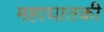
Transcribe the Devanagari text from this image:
महाघातकी